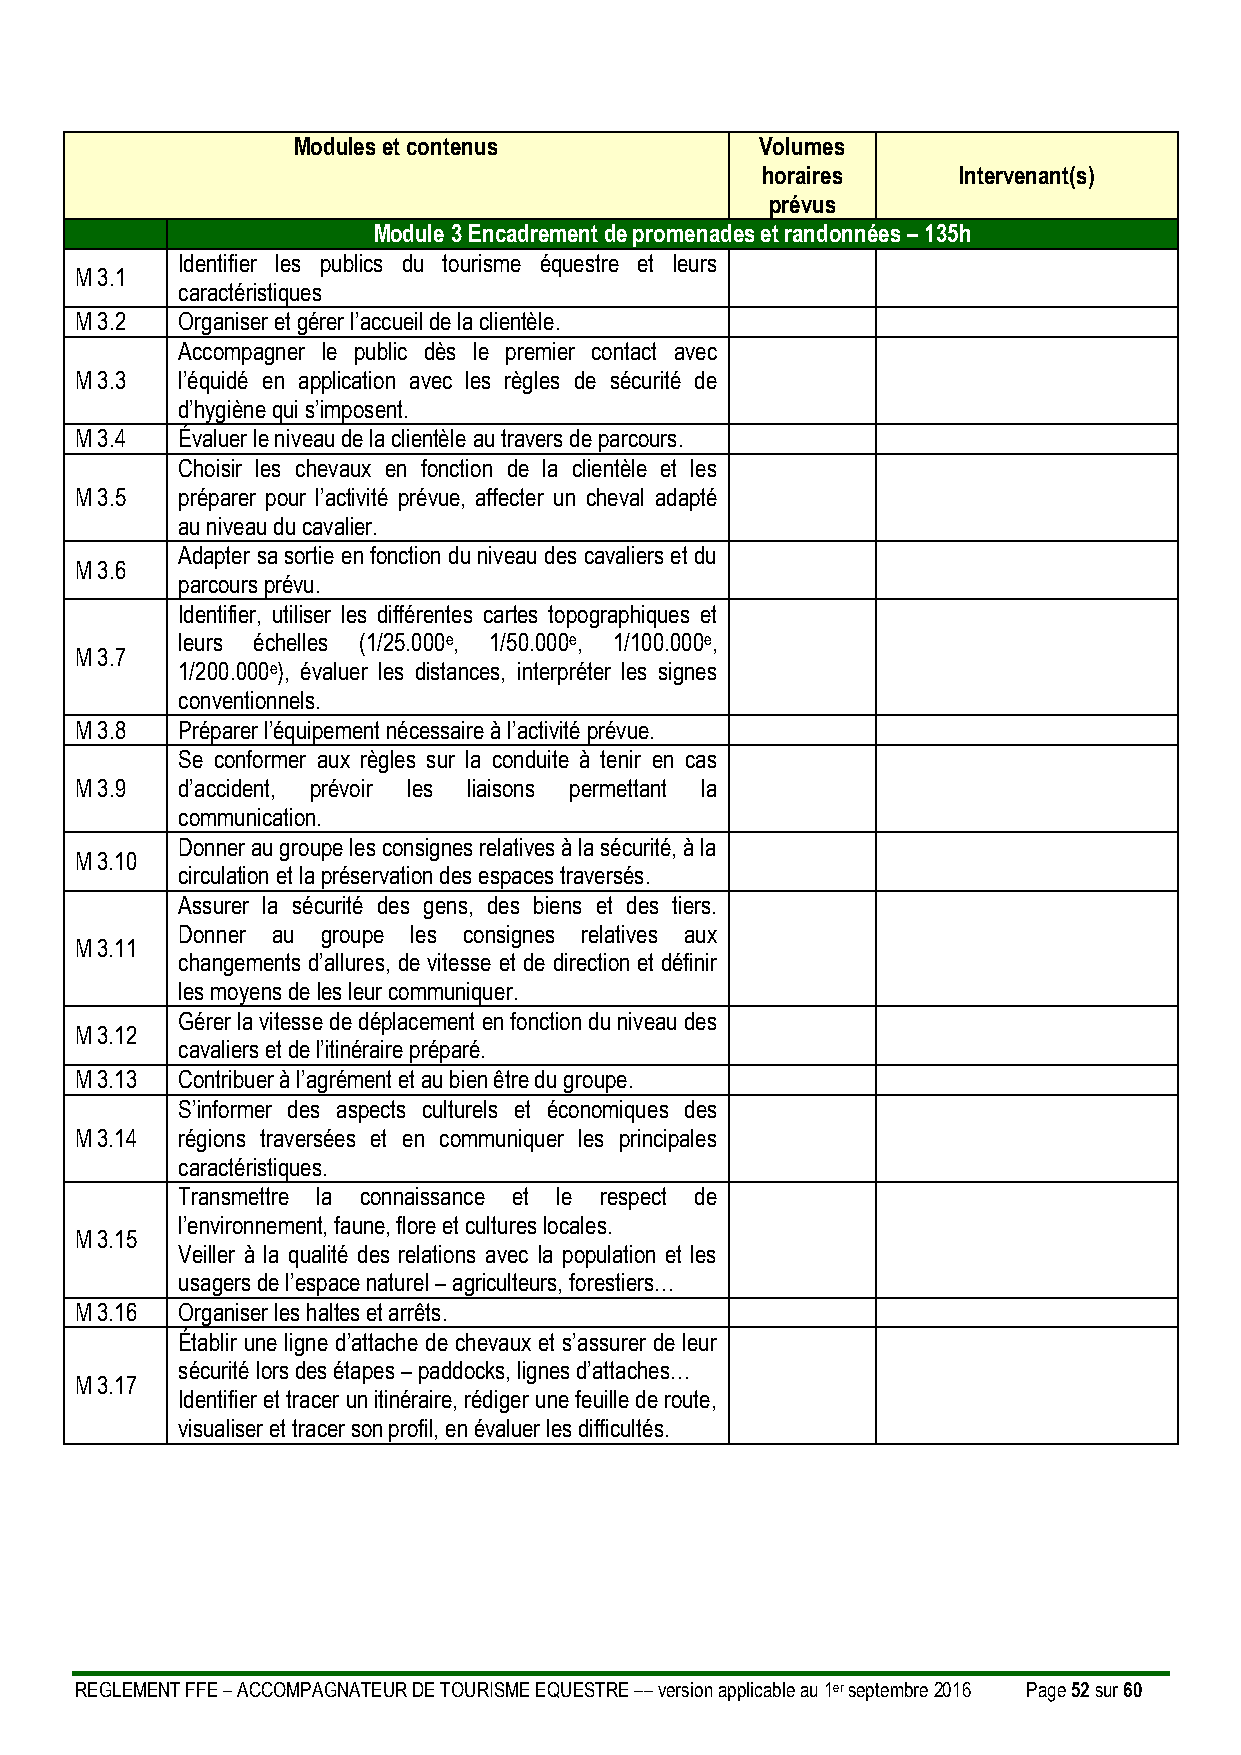
Modules et contenus            Volumes
 horaires     Intervenant(s)
 prévus
 Module 3 Encadrement de promenades et randonnées – 135h
 Identifier les publics du tourisme équestre et leurs
 M 3.1
 caractéristiques
 M 3.2  Organiser et gérer l’accueil de la clientèle.
 Accompagner le public dès le premier contact avec
 M 3.3  l’équidé en application avec les règles de sécurité de
 d’hygiène qui s’imposent.
 M 3.4  Évaluer le niveau de la clientèle au travers de parcours.
 Choisir les chevaux en fonction de la clientèle et les
 M 3.5  préparer pour l’activité prévue, affecter un cheval adapté
 au niveau du cavalier.
 Adapter sa sortie en fonction du niveau des cavaliers et du
 M 3.6
 parcours prévu.
 Identifier, utiliser les différentes cartes topographiques et
 leurs échelles (1/25.000e, 1/50.000e, 1/100.000e,
 M 3.7
 1/200.000e), évaluer les distances, interpréter les signes
 conventionnels.
 M 3.8  Préparer l’équipement nécessaire à l’activité prévue.
 Se conformer aux règles sur la conduite à tenir en cas
 M 3.9  d’accident, prévoir les liaisons permettant la
 communication.
 Donner au groupe les consignes relatives à la sécurité, à la
 M 3.10
 circulation et la préservation des espaces traversés.
 Assurer la sécurité des gens, des biens et des tiers.
 Donner au groupe les consignes relatives aux
 M 3.11
 changements d’allures, de vitesse et de direction et définir
 les moyens de les leur communiquer.
 Gérer la vitesse de déplacement en fonction du niveau des
 M 3.12
 cavaliers et de l’itinéraire préparé.
 M 3.13 Contribuer à l’agrément et au bien être du groupe.
 S’informer des aspects culturels et économiques des
 M 3.14 régions traversées et en communiquer les principales
 caractéristiques.
 Transmettre la connaissance et le respect de
 l’environnement, faune, flore et cultures locales.
 M 3.15
 Veiller à la qualité des relations avec la population et les
 usagers de l’espace naturel – agriculteurs, forestiers…
 M 3.16 Organiser les haltes et arrêts.
 Établir une ligne d’attache de chevaux et s’assurer de leur
 sécurité lors des étapes – paddocks, lignes d’attaches…
 M 3.17
 Identifier et tracer un itinéraire, rédiger une feuille de route,
 visualiser et tracer son profil, en évaluer les difficultés.
 REGLEMENT FFE – ACCOMPAGNATEUR DE TOURISME EQUESTRE –– version applicable au 1er septembre 2016 Page 52 sur 60